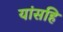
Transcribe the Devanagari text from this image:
यांसहि